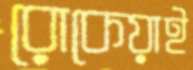
রোকেয়াই